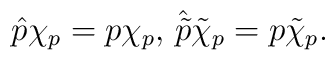
\hat p \chi_p=p\chi_p,\,\hat{\tilde p}\tilde\chi_p=p\tilde \chi_p.